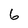
Character: 6